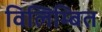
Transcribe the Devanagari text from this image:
विलिम्बित